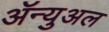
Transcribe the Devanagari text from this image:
ॲन्युअल